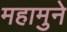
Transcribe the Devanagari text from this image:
महामुने